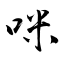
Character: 咪